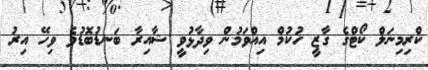
ކްރިމިނަލް ކޯޓްގެ ގާޒީ ހުކުމް އިއްވަމުން ވިދާޅުވީ ޝާއިރާ ބަނޑުބޮޑުވެ ވިހޭ އިރު